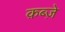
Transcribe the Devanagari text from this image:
क़ब्जे़